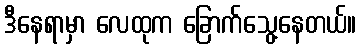
ဒီနေရာမှာ လေထုက ခြောက်သွေ့နေတယ်။